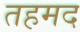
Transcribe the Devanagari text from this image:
तहमद